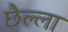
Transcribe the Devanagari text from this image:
छैल्ला